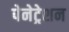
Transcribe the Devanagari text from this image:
पेनेट्रेशन